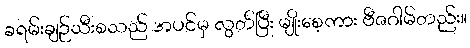
ခရမ်းချဉ်သီးစသည် အပင်မှ လွတ်ပြီး မျိုးစေ့ကား ဗီဇဂါမ်တည်း။